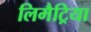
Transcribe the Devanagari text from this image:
लिमैट्रिया